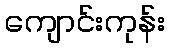
ကျောင်းကုန်း